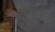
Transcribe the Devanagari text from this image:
अभिधापरक